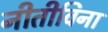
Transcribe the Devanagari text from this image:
नीतीविना